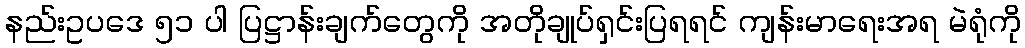
နည်းဥပဒေ ၅၁ ပါ ပြဋ္ဌာန်းချက်တွေကို အတိုချုပ်ရှင်းပြရရင် ကျန်းမာရေးအရ မဲရုံကို